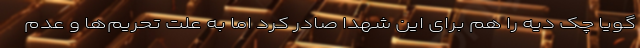
گویا چک دیه را هم برای این شهدا صادر کرد اما به علت تحریم‌ها و عدم